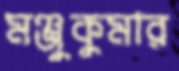
মঞ্জুকুমার